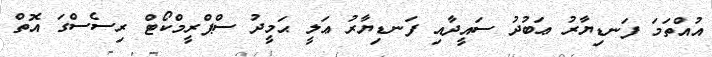
އުއްތަމަ ފަނޑިޔާރު ޢަބުދު ސައީދާއި ފަނޑިޔާރު ޢަލީ ޙަމީދު ސްޕްރީމްކޯޓް ރިސެސްގަ އޮތް